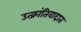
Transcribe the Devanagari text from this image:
उत्क्रांतिवादात